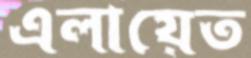
এলায়েত